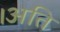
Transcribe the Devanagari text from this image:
।अति